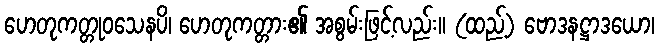
ဟေတုကတ္တုဝသေနပိ၊ ဟေတုကတ္တား၏ အစွမ်းဖြင့်လည်း။ (ထည့်) ဗောဒနဋ္ဌာဒယော၊